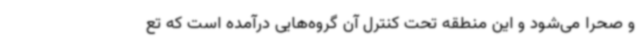
و صحرا می‌شود و این منطقه تحت کنترل آن گروه‌هایی درآمده است که تع